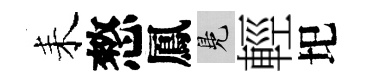
耒憗鳳鳬輕圯